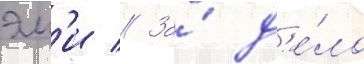
эм'и // За́ д'е́ло